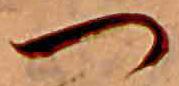
つ